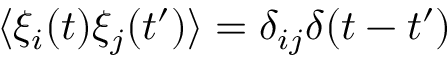
\langle \xi _ { i } ( t ) \xi _ { j } ( t ^ { \prime } ) \rangle = \delta _ { i j } \delta ( t - t ^ { \prime } )